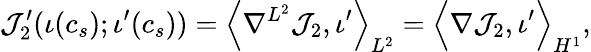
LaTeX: \mathcal{J}_{2}^{\prime}(\iota(c_{s});\iota^{\prime}(c_{s}))=\left\langle\nabla^{L^{2}}\mathcal{J}_{2},\iota^{\prime}\right\rangle_{L^{2}}=\Big\langle\nabla\mathcal{J}_{2},\iota^{\prime}\Big\rangle_{H^{1}},